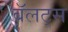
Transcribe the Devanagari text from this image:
बॅलट्स